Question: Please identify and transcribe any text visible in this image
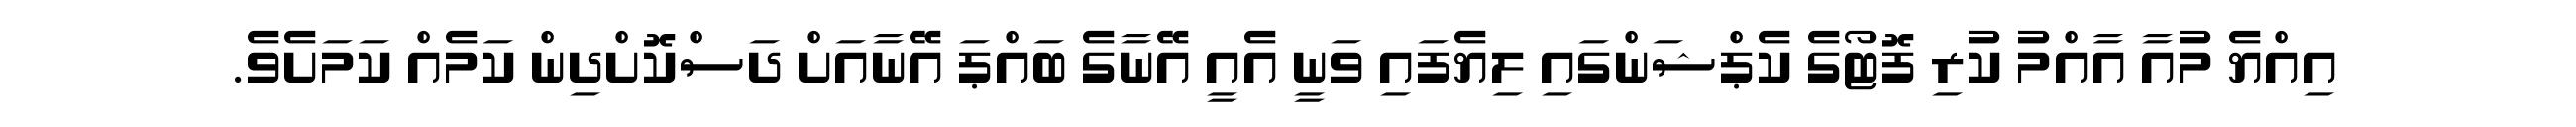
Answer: އިއްޔެ މުއާ އާއްމު ކުރި ފޮޓޯގެ ކެޕްޝަންގައި ލިޔެފައި ވަނީ އެއީ އޭނާގެ ބައްޕަ އޭނާއަށް ދަސްކޮށްދިން ކަމެއް ކަމަށެވެ.